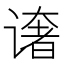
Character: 𰶄